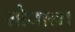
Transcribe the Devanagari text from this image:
सोपान।